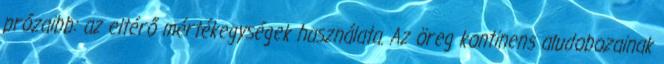
prózaibb: az eltérő mértékegységek használata. Az öreg kontinens aludobozainak